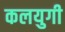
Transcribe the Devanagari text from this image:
कलयुगी